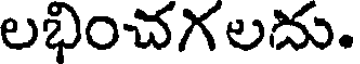
లభించగలదు.